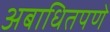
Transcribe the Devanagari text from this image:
अबाधितपणे